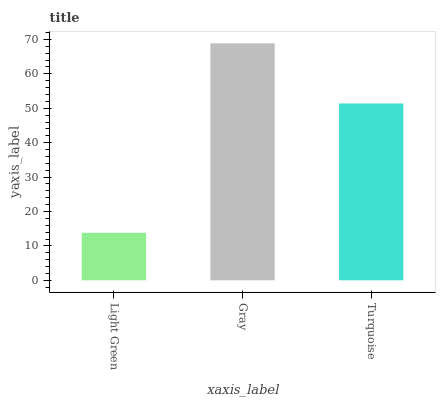
| xaxis_label | bars |
 | --- | --- |
 | Light Green | 13.8 |
 | Gray | 68.9 |
 | Turquoise | 51.4 |